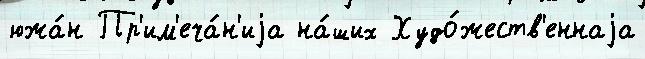
южа́н Пр'им'еча́н'иjа на́ших Худо́жеств'еннаjа